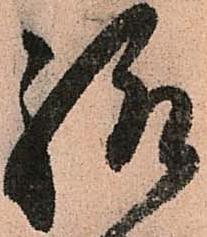
聊